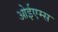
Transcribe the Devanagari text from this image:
ओईएम्स